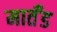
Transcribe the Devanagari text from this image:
मार्तँड